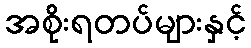
အစိုးရတပ်များနှင့်